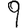
Digit: 9